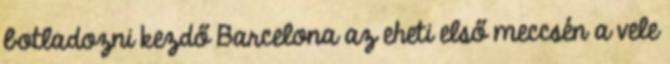
botladozni kezdő Barcelona az eheti első meccsén a vele